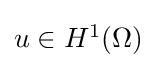
{\textstyle u\in H^{1}(\Omega )}